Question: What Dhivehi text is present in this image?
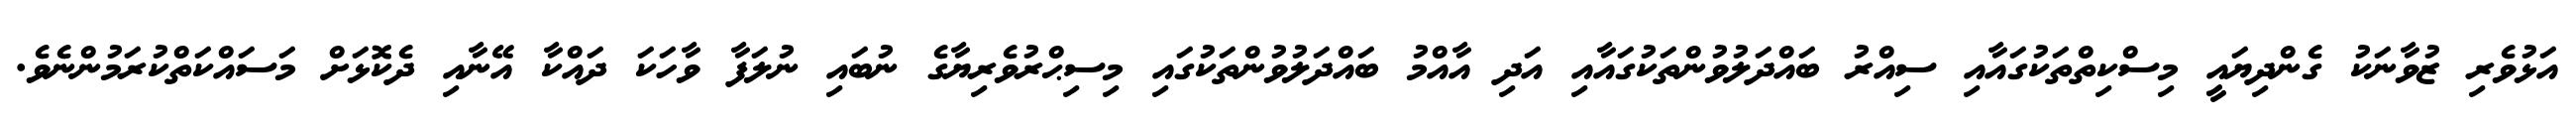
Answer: އަޅުވެރި ޒުވާނަކު ގެންދިޔައީ މިސްކިތްތަކުގައާއި ސިއްރު ބައްދަލުވުންތަކުގައާއި އަދި އާއްމު ބައްދަލުވުންތަކުގައި މިސިޙްރުވެރިޔާގެ ނުބައި ނުލަފާ ވާހަކަ ދައްކާ އޭނާއި ދެކޮޅަށް މަސައްކަތްކުރަމުންނެވެ.